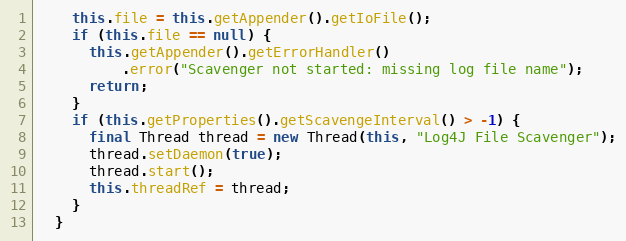
Language: Java
    this.file = this.getAppender().getIoFile();
    if (this.file == null) {
      this.getAppender().getErrorHandler()
          .error("Scavenger not started: missing log file name");
      return;
    }
    if (this.getProperties().getScavengeInterval() > -1) {
      final Thread thread = new Thread(this, "Log4J File Scavenger");
      thread.setDaemon(true);
      thread.start();
      this.threadRef = thread;
    }
  }